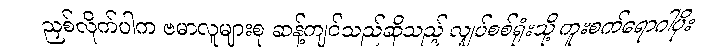
ညှစ်လိုက်ပါက ဗမာလူများစု ဆန့်ကျင်သည်ဆိုသည့် လျှပ်စစ်ရုံးသို့ ကူးစက်ရောဂါပိုး